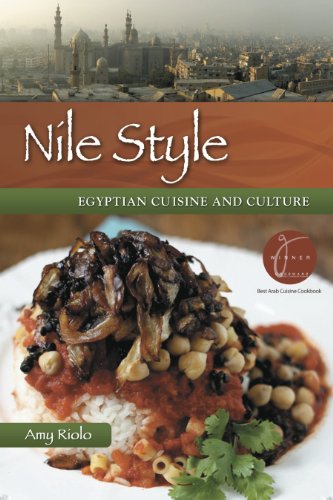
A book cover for Nile Style: Egyptian Cuisine and Culture: Expanded Edition; Amy Riolo; Cookbooks, Food & Wine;